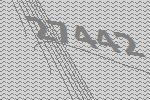
27442